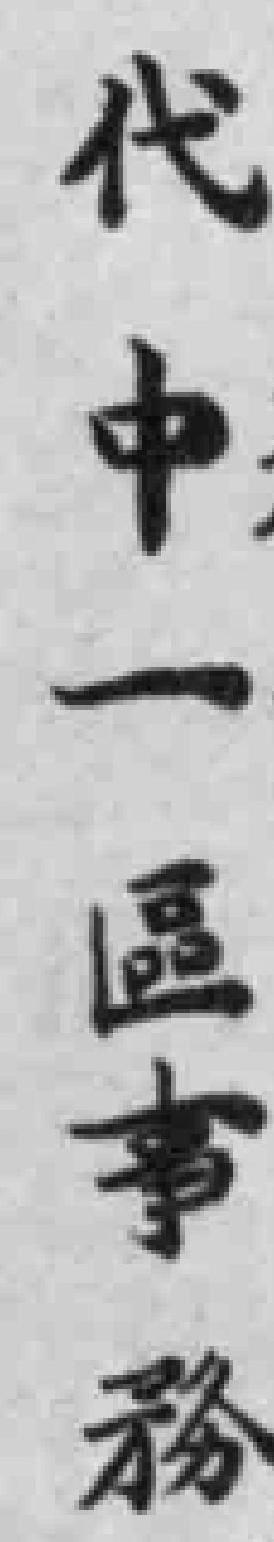
代中一區事務